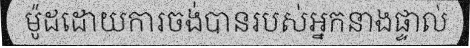
ម៉ូដដោយការចង់បានរបស់អ្នកនាងផ្ទាល់